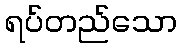
ရပ်တည်သော